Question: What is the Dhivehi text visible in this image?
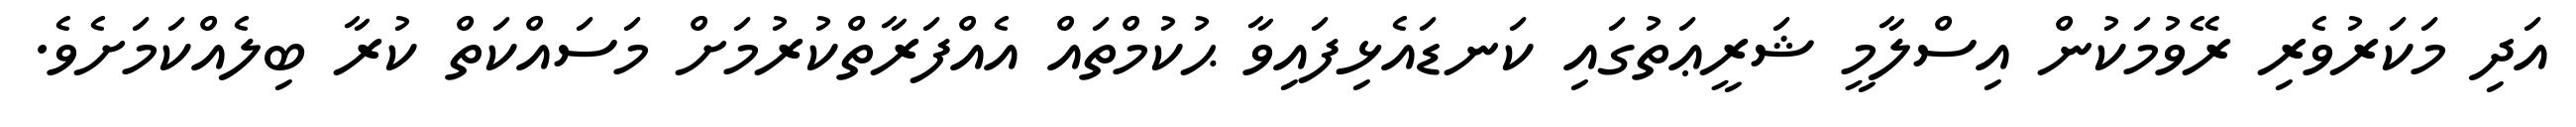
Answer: އަދި މަކަރުވެރި ރޭވުމަކުން އިސްލާމީ ޝަރީޢަތުގައި ކަނޑައެޅިފައިވާ ޙުކުމްތައް އެއްފަރާތްކުރުމަށް މަސައްކަތް ކުރާ ބިލެއްކަމަށެވެ.